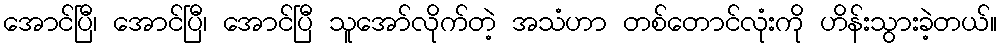
အောင်ပြီ၊ အောင်ပြီ၊ အောင်ပြီ သူအော်လိုက်တဲ့ အသံဟာ တစ်တောင်လုံးကို ဟိန်းသွားခဲ့တယ်။